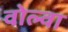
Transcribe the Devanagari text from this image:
वोल्वा